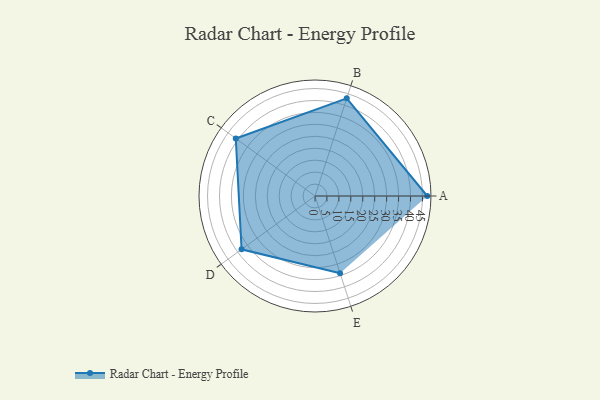
{"axis": {"x": "Skill", "y": "Score"}, "legend": ["Profile"], "data": [{"x": "A", "y": 47.0, "type": "Profile"}, {"x": "B", "y": 43.0, "type": "Profile"}, {"x": "C", "y": 41.0, "type": "Profile"}, {"x": "D", "y": 38.0, "type": "Profile"}, {"x": "E", "y": 34.0, "type": "Profile"}]}